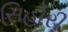
સિહોરી